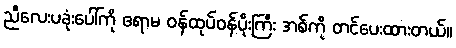
ညီလေးပခုံးပေါ်ကို ဧရာမ ဝန်ထုပ်ဝန်ပိုးကြီး အစ်ကို တင်ပေးထားတယ်။